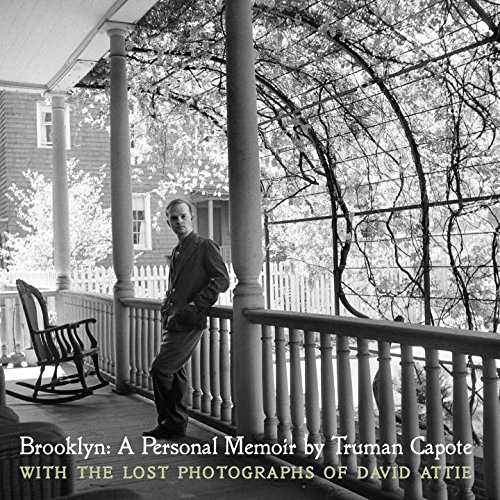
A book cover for Brooklyn: A Personal Memoir: With the lost photographs of David Attie; Truman Capote; Arts & Photography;